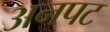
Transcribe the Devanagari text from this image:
अनपट